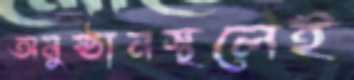
অনুষ্ঠানস্থলেই